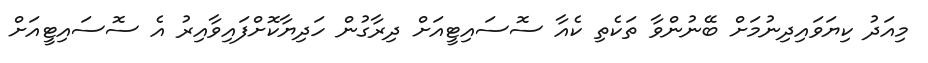
މިއަދު ކިޔަވައިދިނުމަށް ބޭނުންވާ ތަކެތި ކެއާ ސޮސައިޓީއަށް ދިރާގުން ހަދިޔާކޮށްފައިވާއިރު އެ ސޮސައިޓީއަށް